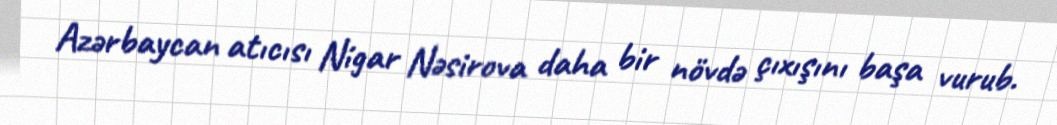
Azərbaycan atıcısı Nigar Nəsirova daha bir növdə çıxışını başa vurub.